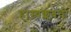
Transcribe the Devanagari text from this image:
हास्यक्लबची